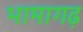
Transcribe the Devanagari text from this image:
भामागढ़